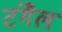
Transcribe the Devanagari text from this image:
टंगैल